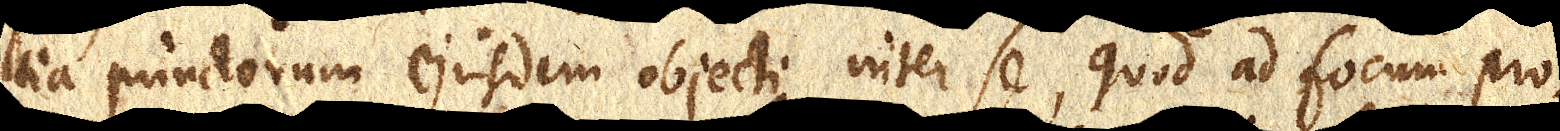
tia punctorum ejusdem objecti inter se, quod ad focum pro–